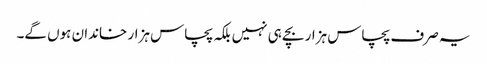
یہ صرف پچاس ہزار بچے ہی نہیں بلکہ پچاس ہزار خاندان ہوں گے۔